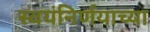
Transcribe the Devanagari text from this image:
स्वयंनिर्णयाच्या